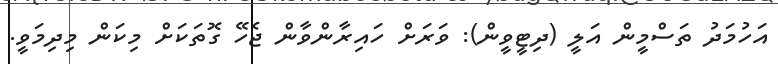
އަހުމަދު ތަސްމީން އަލީ (ދިޓީވީން): ވަރަށް ހައިރާންވާން ޖެހޭ ގޮތަކަށް މިކަން މިދިމަވީ.